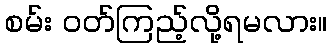
စမ်း ဝတ်ကြည့်လို့ရမလား။